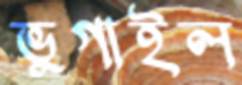
ভুগাইল